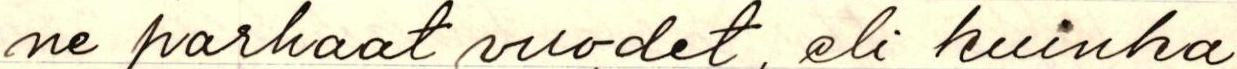
ne parhaat vuodet, eli kuinka